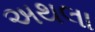
અથલા